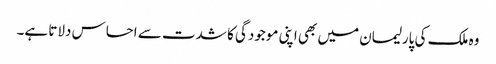
وہ ملک کی پارلیمان میں بھی اپنی موجودگی کا شدت سے احساس دلاتا ہے۔